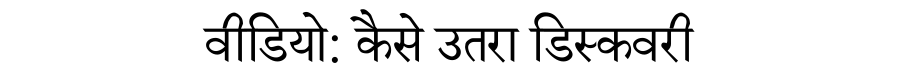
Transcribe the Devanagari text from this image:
वीडियो: कैसे उतरा डिस्कवरी